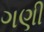
ગણી